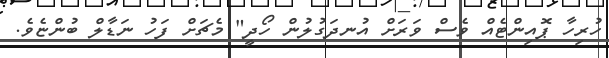
ހުރިހާ ޕޮއިންޓެއް ވެސް ވަރަށް އުނދަގުލުން ހޯދީ" މެޗަށް ފަހު ނަޑާލް ބުންޏެވެ.